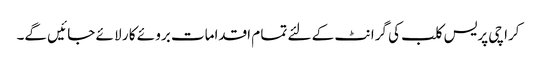
کرا چی پریس کلب کی گرا نٹ کے لئے تما م اقدامات برو ئے کا ر لا ئے جا ئیں گے۔